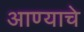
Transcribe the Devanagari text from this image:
आण्याचे